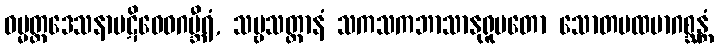
ဓမ္မတ္ထဒေသနာပဋိဝေဓဂမ္ဘီရံ, သဗ္ဗသတ္တာနံ သကသကဘာသာနုရူပတော သောတပထမာဂစ္ဆန္တံ